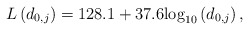
\begin{align*}L\left(d_{0,j}\right)=128.1 + 37.6{\log _{10}}\left( {{d_{{{0,j}}}}} \right),\end{align*}